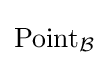
\operatorname {Point} _{\mathcal {B}}